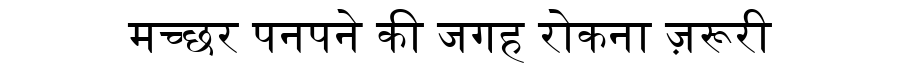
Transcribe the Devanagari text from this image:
मच्छर पनपने की जगह रोकना ज़रूरी